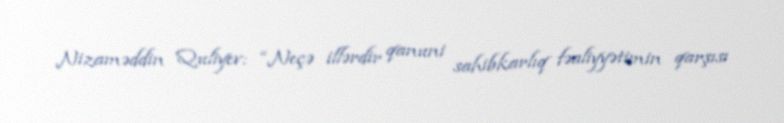
Nizaməddin Quliyev: “Neçə illərdir qanuni sahibkarlıq fəaliyyətimin qarşısı